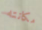
مكانته